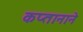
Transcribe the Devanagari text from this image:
कप्‍तानाने